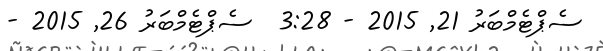
ސެޕްޓެމްބަރު 21